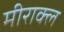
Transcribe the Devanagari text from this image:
मीराक्ल